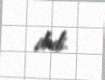
dedi.